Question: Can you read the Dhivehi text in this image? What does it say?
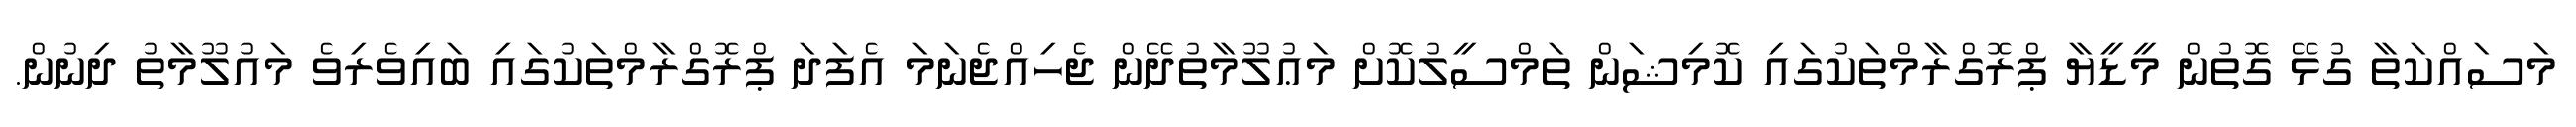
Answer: މަސައްކަތާ ގުޅޭ ގޮތުން މީޑީޔާ ޕްރޮގްރާމްތަކުގައި ކޮމިޝަން ތަމްސީލުކޮށް މަޢުލޫމާތުދޭން ޖެހިއްޖެނަމަ އެފަދަ ޕްރޮގްރާމްތަކުގައި ބައިވެރިވެ މައުލޫމާތު ދިނުން.